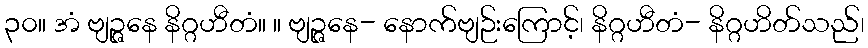
၃၀။ အံ ဗျဉ္ဇနေ နိဂ္ဂဟီတံ။ ။ ဗျဉ္ဇနေ- နောက်ဗျဉ်းကြောင့်၊ နိဂ္ဂဟီတံ- နိဂ္ဂဟိတ်သည်၊